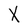
Character: X